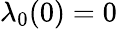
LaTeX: \lambda_{0}(0)=0